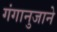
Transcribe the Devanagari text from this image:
गंगानुजाने